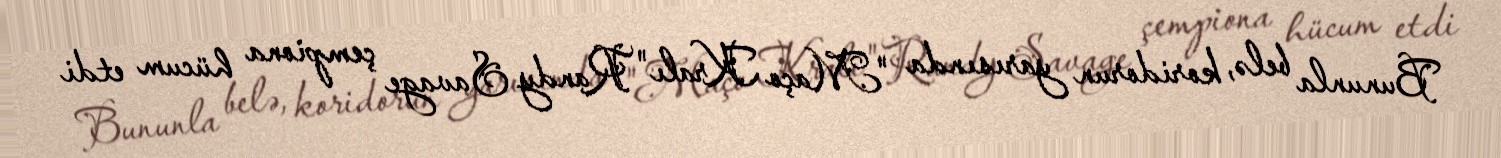
Bununla belə, koridorun yarısında "Maço Kralı" Randy Savage çempiona hücum etdi